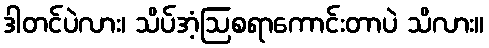
ဒါတင်ပဲလား၊ သိပ်အံ့ဩစရာကောင်းတာပဲ သိလား။